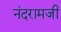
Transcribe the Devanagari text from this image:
नंदरामजी